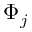
\Phi _ { j }